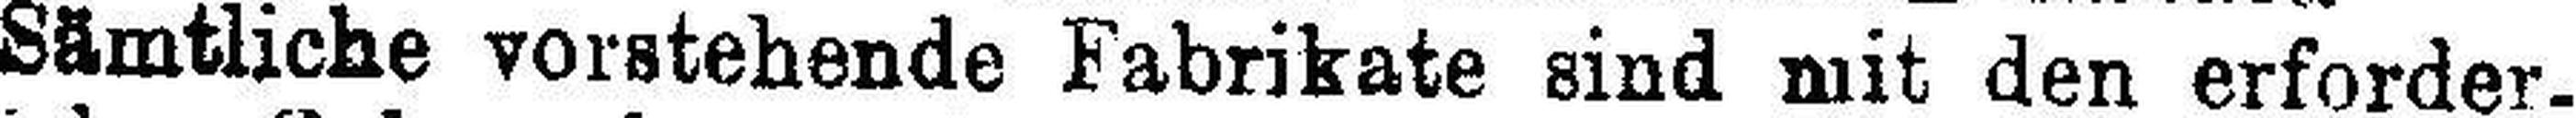
Sämtliche vorstehende Fabrikate sind mit den erforder¬